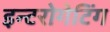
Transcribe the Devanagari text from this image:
इन्टरोगेटिंग